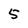
Character: 5